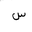
Letter: _sin